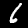
Digit: 6